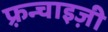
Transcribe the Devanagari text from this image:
फ़्रन्चाइज़ी